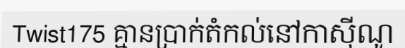
Twist175 គ្មានប្រាក់តំកល់នៅកាស៊ីណូ